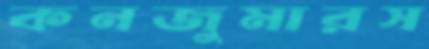
কনজুমারস